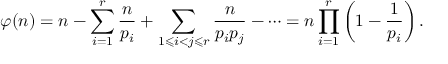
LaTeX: \varphi ( n ) = n - \sum _ { i = 1 } ^ { r } { \frac { n } { p _ { i } } } + \sum _ { 1 \leqslant i < j \leqslant r } { \frac { n } { p _ { i } p _ { j } } } - \cdots = n \prod _ { i = 1 } ^ { r } \left( 1 - { \frac { 1 } { p _ { i } } } \right) .